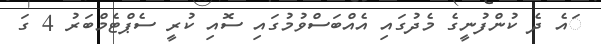
ައެ ދެ ކުންފުނީގެ މެދުގައި އެއްބަސްވުމުގައި ސޮއި ކުރީ ސެޕްޓެމްބަރު 4 ގަ